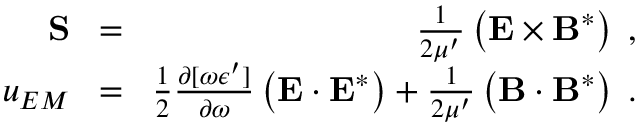
\begin{array} { r l r } { { \bf S } \! } & { = } & { \! \frac { 1 } { 2 \mu ^ { \prime } } \left( { \bf E } \times { \bf B } ^ { \ast } \right) \; , } \\ { u _ { E M } \! } & { = } & { \! \frac { 1 } { 2 } \frac { \partial [ \omega \epsilon ^ { \prime } ] } { \partial \omega } \left( { \bf { E } } \cdot { \bf { E } } ^ { * } \right) + \frac { 1 } { 2 \mu ^ { \prime } } \left( { \bf { B } } \cdot { \bf { B } } ^ { * } \right) \; . } \end{array}